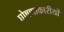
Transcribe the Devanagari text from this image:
घोषणाकारीयों